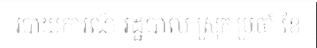
របាយការណ៍ រដ្ឋបាល ស្រុក ប្រចាំ ខែ